Civil Veterinary Department Bihar reports 1940-50 - 1940-1950
Year: 1940
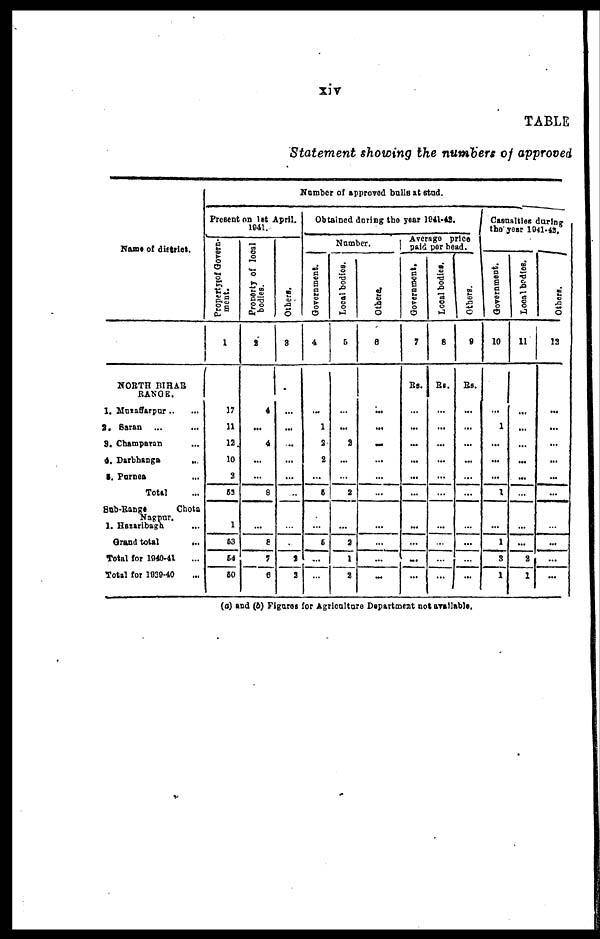
TABLE
Statement showing the numbers of approved
Name of district.
NORTH BIHAR RANGE.
1. Muzaffarpur ... ...
2. Saran ... ...
3. Champaran ...
4. Darbhanga ...
5. Purnea ...
Total ...
Sab-Bangs
Chota Nagpur.
1. Hazaribagh ...
Grand total
...
Total for 1940-41 ...
Total for 1039-40 ...
Number of approved balls at stud.
Present on 1st April.
1941.
Property
of Govern-
ment.
1
17
11
12
10
3
63
1
63
64
60
Property of local
bodies.
2
4
...
4
...
...
8
...
6
7
6
Others.
3
...
...
...
...
...
...
...
...
2
3
Obtained during the year 1941-42
Number.
Government.
4
...
1
2
2
...
5
...
6
...
...
Local bodies.
5
...
...
2
...
...
2
...
3
1
2
Others.
6
...
...
...
...
...
...
...
...
...
...
Average price
paid per head.
Government.
7
Rs.
...
...
...
...
...
...
...
...
...
...
Local bodies.
8
Rs.
...
...
...
...
...
...
...
...
...
...
Othere.
9
Rs.
...
...
...
...
...
...
...
...
...
...
Casualties during
the year 1941-42.
Government.
10
...
1
...
...
...
1
...
1
3
1
Local bodies.
11
...
...
...
...
...
...
...
...
2
1
Others.
12
...
...
...
...
...
...
...
...
...
...
(a) and (b) Figares for Agriculture Department not available.